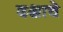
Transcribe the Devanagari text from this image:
दक्षाचे